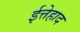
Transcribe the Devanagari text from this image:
ईत्तेहाद